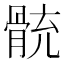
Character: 𩩁